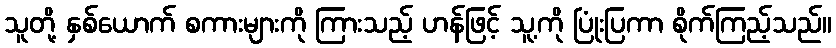
သူတို့ နှစ်ယောက် စကားများကို ကြားသည့် ဟန်ဖြင့် သူ့ကို ပြုံးပြကာ စိုက်ကြည့်သည်။